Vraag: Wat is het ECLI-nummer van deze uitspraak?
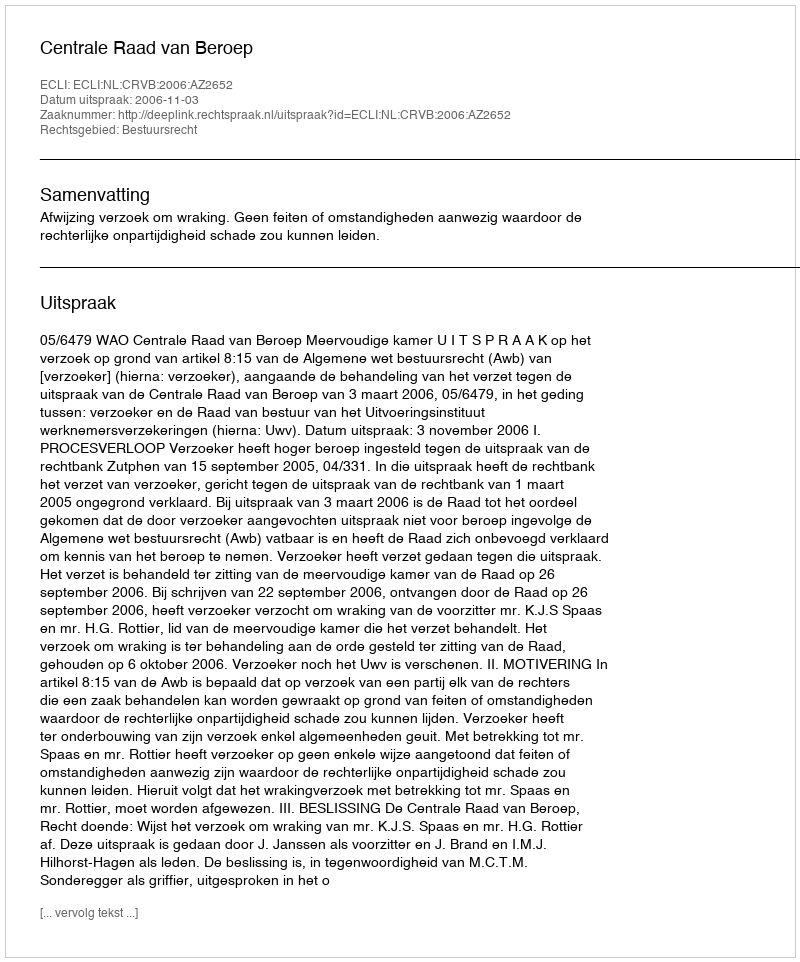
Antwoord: ECLI:NL:CRVB:2006:AZ2652